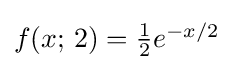
{\textstyle f(x;\,2)={\frac {1}{2}}e^{-x/2}}